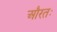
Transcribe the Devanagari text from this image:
औरतः